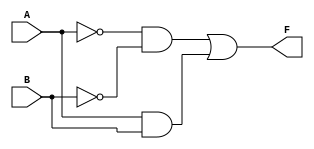
module two_variable_kmap (
    input wire A,  // First input variable
    input wire B,  // Second input variable
    output wire F  // Output of the K-map function
);

// Define the K-map logic
assign F = (~A & ~B) | (A & B); // Example: F = A'B' + AB

endmodule